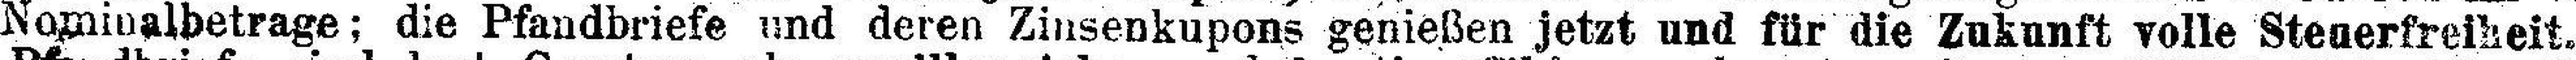
Nominalbetrage; die Pfandbriefe und deren Zinsenkupons genießen jetzt und für die Zukunft volle Steuerfreiheit.